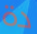
دة